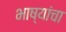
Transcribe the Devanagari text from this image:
भाष्यांचा